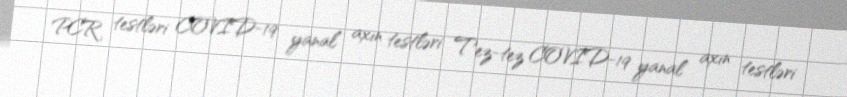
PCR testləri COVID-19 yanal axın testləri Tez-tez COVID-19 yanal axın testləri